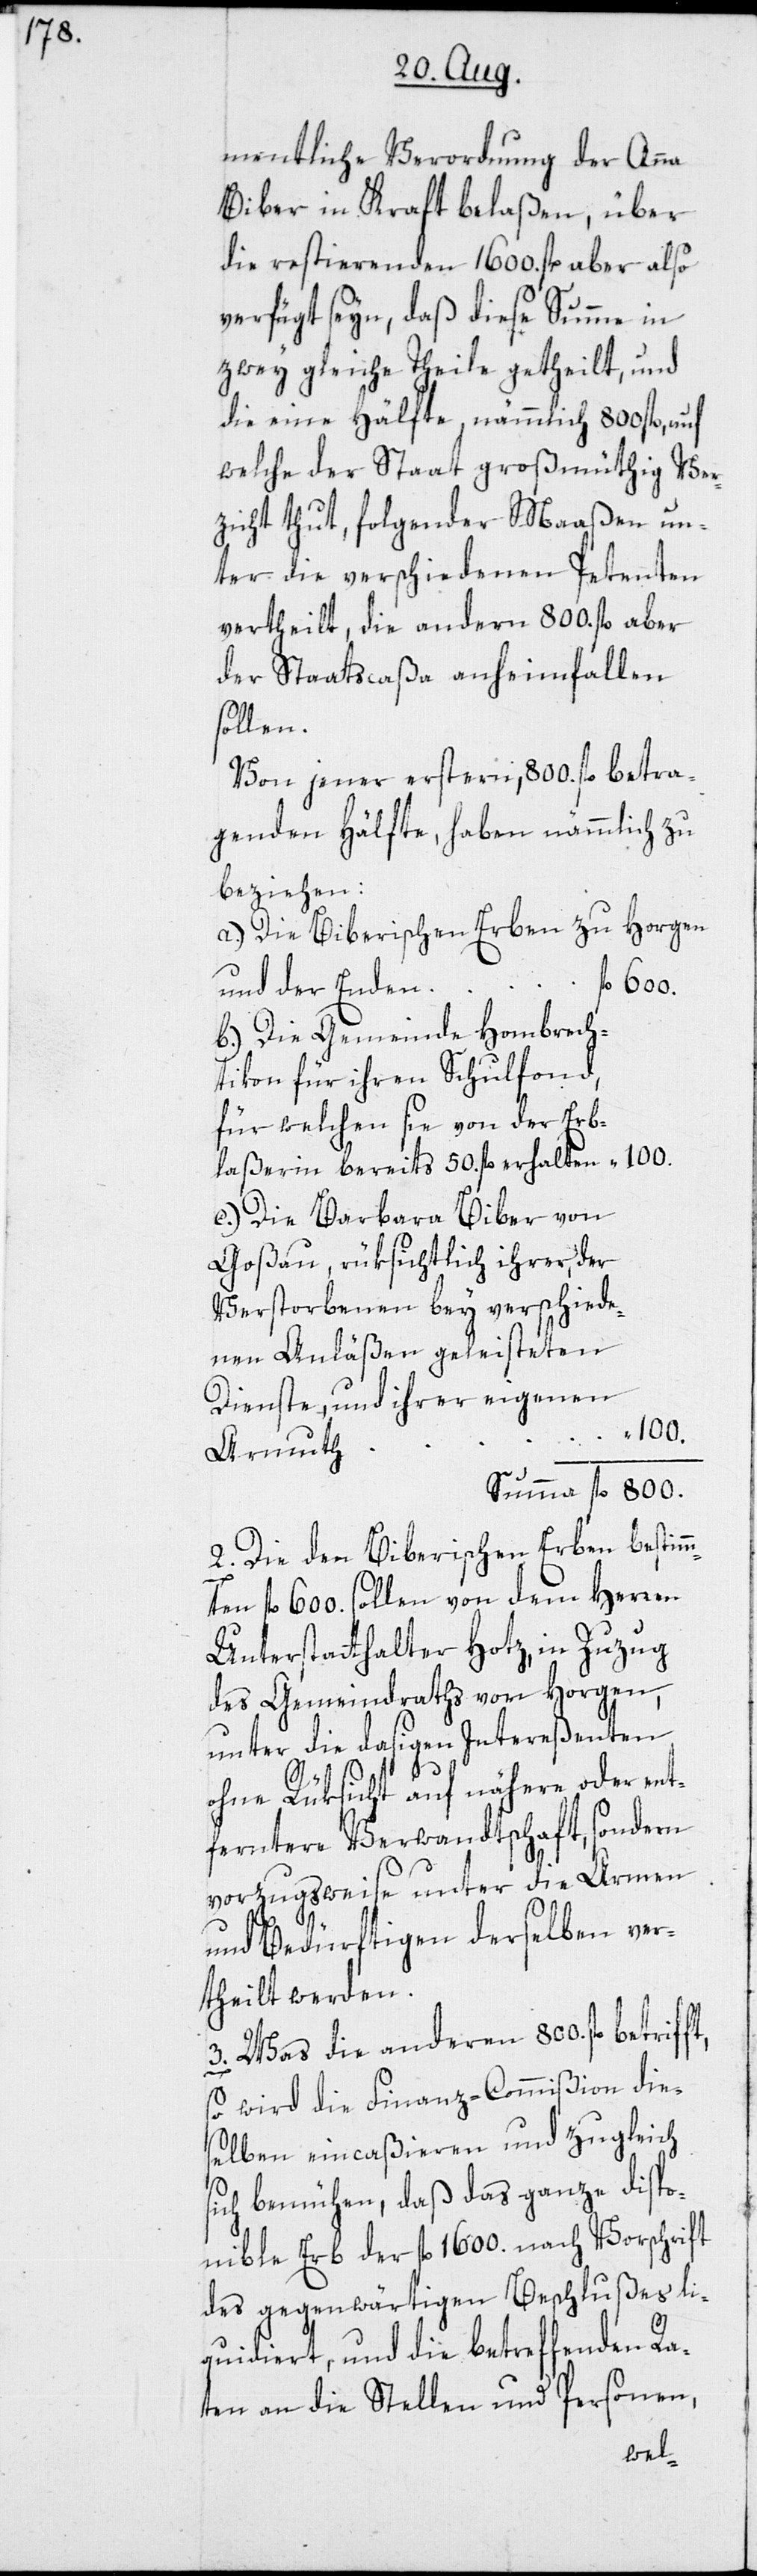
mentliche Verordnung der Anna
Biber in Kraft belaßen, über
die restierenden 1600. fl. aber also
verfügt seyn, daß diese Summe in
zwey gleiche Theile getheilt, und
die eine Hälfte, nämmlich 800 fl., auf
welche der Staat großmüthig Ver¬
zicht thut, folgender Maaßen un¬
ter die verschiedenen Petenten
vertheilt, die andern 800. fl. aber
der Staatscaßa anheimfallen
sollen.
Von jener erstern, 800. fl. betra¬
genden Hälfte, haben nämmlich zu
beziehen:
a.) Die Biberischen Erben zu Horgen
mt¬
und der Enden
b.) Die Gemeinde Hombrech¬
tikon für ihren Schulfond,
für welchen sie von der Erb¬
laßerin bereits 50. fl. erhalten
c.) Die Barbara Biber von
Goßau, rüksichtlich ihrer, der
Verstorbenen bey verschiede¬
nen Anläßen geleisteten
Dienste, und ihrer eigenen
100.
Armuth
2. Die den Biberischen Erben bestim¬
en fl. 600. sollen von dem Herren
Unterstatthalter Hotz, in Zuzug
des Gemeindraths von Horgen,
unter die dasigen Intereßenten
ohne Rüksicht auf nähere oder ent¬
ferntere Verwandtschaft, sondern
vorzugsweise unter die Armen
und Bedürftigen derselben ver¬
theilt werden.
3. Was die anderen 800. fl.
so wird die Finanz-Commißion die¬
selben eincaßieren und zugleich
sich bemühen, daß das ganze dispo¬
nible Erb der fl. 1600. nach Vorschrift
des gegenwärtigen Beschlußes li¬
quidiert, und die betreffenden Ra¬
ten an die Stellen und Personen,